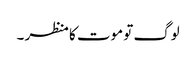
لوگ تو موت کا منظر ۔